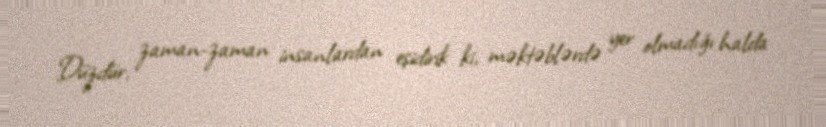
Düzdür, zaman-zaman insanlardan eşidirik ki, məktəblərdə yer olmadığı halda